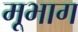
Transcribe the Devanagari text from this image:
मूभाग